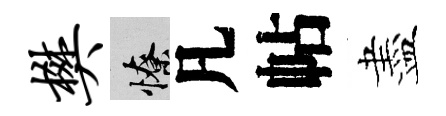
樊憭凡帖盡